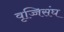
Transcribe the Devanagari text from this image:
वृज्जिसंघ